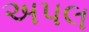
અપલ